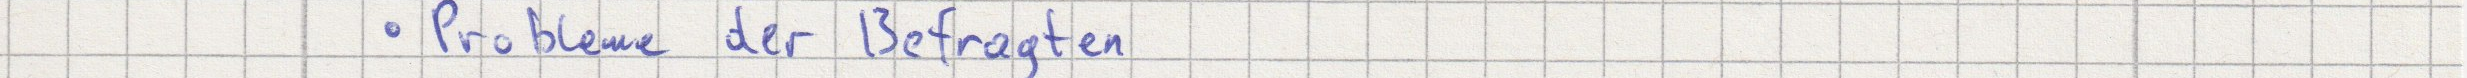
Probleme der Befragten